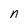
Character: n